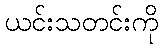
ယင်းသတင်းကို